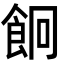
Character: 𩚱